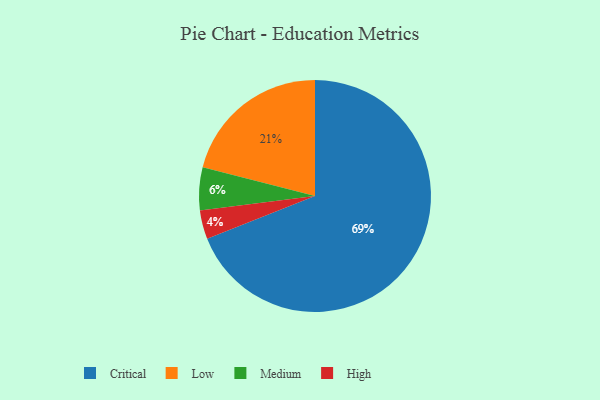
{"axis": {"x": "Category", "y": "Percentage"}, "legend": ["Critical", "High", "Low", "Medium"], "data": [{"x": "Low", "y": 21, "type": "Low"}, {"x": "Critical", "y": 69, "type": "Critical"}, {"x": "Medium", "y": 6, "type": "Medium"}, {"x": "High", "y": 4, "type": "High"}]}